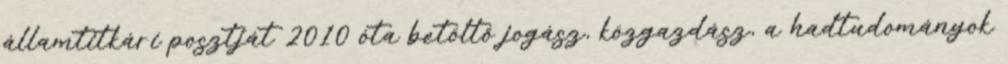
államtitkári posztját 2010 óta betöltő jogász, közgazdász, a hadtudományok